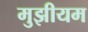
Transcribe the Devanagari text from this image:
मुझीयम